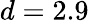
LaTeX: d=2.9